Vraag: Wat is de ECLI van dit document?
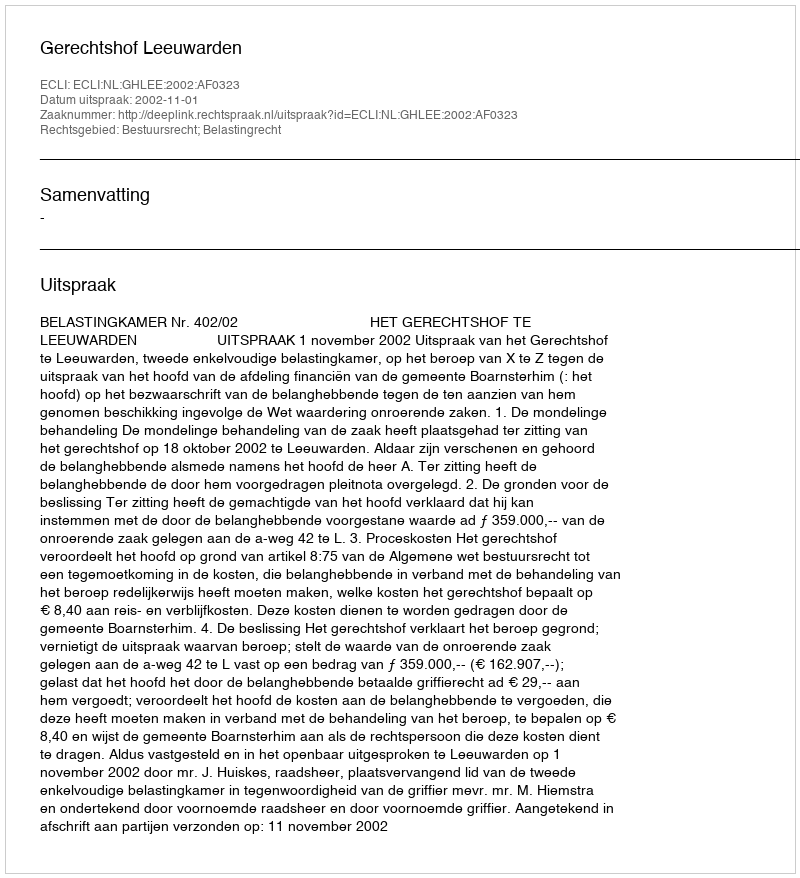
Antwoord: ECLI:NL:GHLEE:2002:AF0323